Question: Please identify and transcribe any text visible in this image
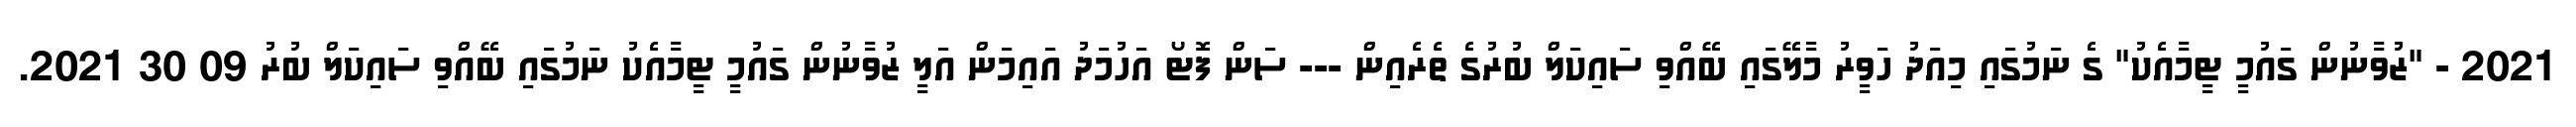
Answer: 2021 - "ޒުވާނުން ގައުމީ ޓީމާއެކު" ގެ ނަމުގައި މިއަދު ހަވީރު މާލޭގައި ބޭއްވި ސައިކަލް ބުރުގެ ތެރެއިން --- ސަން ފޮޓޯ އަހުމަދު އައިމަން އަލީ ޒުވާނުން ގައުމީ ޓީމާއެކު ނަމުގައި ބޭއްވި ސައިކަލް ބުރު 09 30 2021.